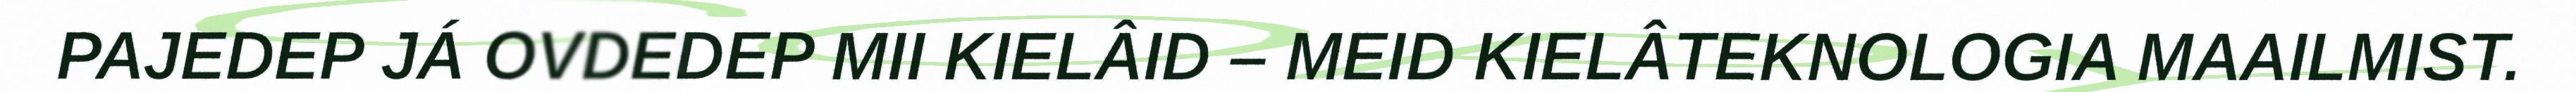
PAJEDEP JÁ OVDEDEP MII KIELÂID – MEID KIELÂTEKNOLOGIA MAAILMIST.